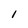
Character: I